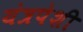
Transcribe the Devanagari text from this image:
यंत्रपेशी